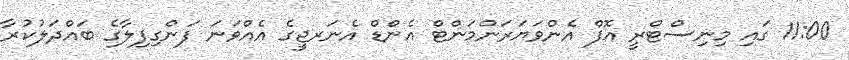
11:00 ގައި މިނިސްޓްރީ އޮފް އެންވަޔަރަންމަންޓް އެންޑް އެނަރޖީގެ އެއްވަނަ ފަންގިފިލާގެ ބައްދަލުކުރާ